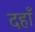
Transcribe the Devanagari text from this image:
दहाँ